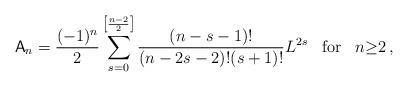
LaTeX: \begin{align*}{\sf A}_n=\frac{(-1)^n}{2}\sum_{s=0}^{\left[\frac{n-2}{2}\right]}\frac{(n-s-1)!}{(n-2s-2)!(s+1)!}L^{2s}\;\;\;\mbox{for}\;\;\;n{\geq}2\,,\end{align*}